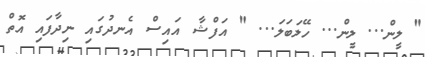
" ލީން... ލީން... ހޭލަބަލަ... " އަފްޝާ އައިސް އެނދުގައި ނިދާފައި އޮތް